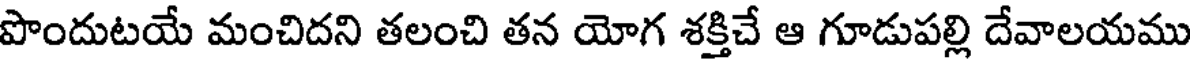
పొందుటయే మంచిదని తలంచి తన యోగ శక్తిచే ఆ గూడుపల్లి దేవాలయము